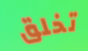
تخلق